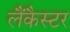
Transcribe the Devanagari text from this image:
लैंकैस्टर